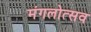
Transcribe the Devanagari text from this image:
मंगलोत्सव